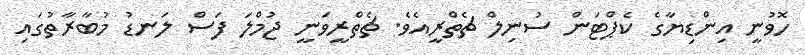
ހޮވުނީ އިންޑިޔާގެ ކެޕްޓަން ސުނިލް ޗެތްރީއެވެ. ޗެތްރީވަނީ ޖުމްލަ ފަސް ލަނޑު މުބާރާތުގައި